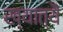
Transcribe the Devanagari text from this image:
ख्यात्यै